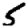
Digit: 5